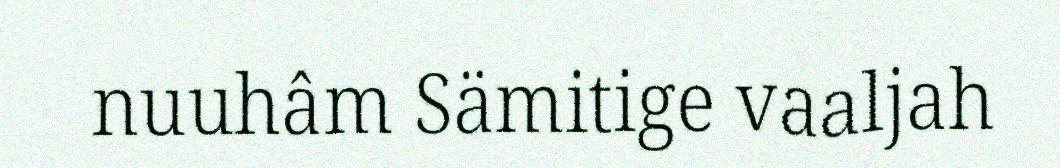
nuuhâm Sämitige vaaljah